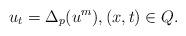
LaTeX: \begin{align*} u_t=\Delta_p(u^{m}), (x,t)\in Q. \end{align*}